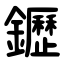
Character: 䥶